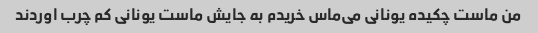
من ماست چکیده یونانی می‌ماس خریدم به جایش ماست یونانی کم چرب اوردند